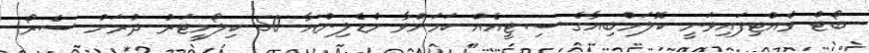
ބޯޓް ވެއްޓިފައިވަނީ ކޮލަމްބިއާގެ ސިޓީއެއް ކަމަށްވާ މެޑެލިންއާ 50 ކިލޯމީޓަރު ދުރަށް ސެރޯ